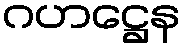
ဂဟဋ္ဌေန